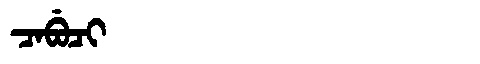
Manchu: ᠴᠠᠪᡠᠴᡳ
Romanization: CABUCI